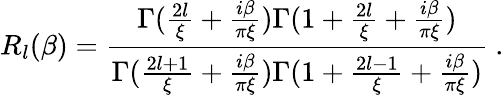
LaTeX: R_{l}(\beta)={\frac{\Gamma({\frac{2l}{\xi}}+{\frac{i\beta}{\pi\xi}})\Gamma(1+{\frac{2l}{\xi}}+{\frac{i\beta}{\pi\xi}})}{\Gamma({\frac{2l+1}{\xi}}+{\frac{i\beta}{\pi\xi}})\Gamma(1+{\frac{2l-1}{\xi}}+{\frac{i\beta}{\pi\xi}})}}\ .